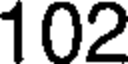
102